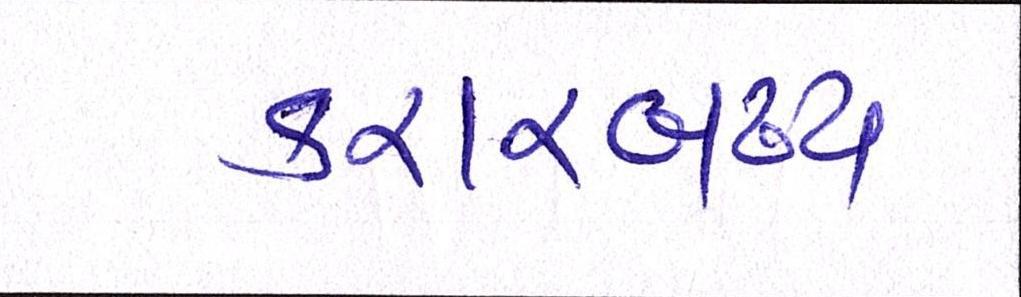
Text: કરારબદ્ધ